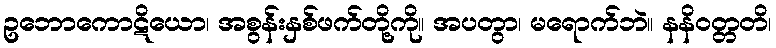
ဥဘောကောဋိယော၊ အစွန်းနှစ်ဖက်တို့ကို။ အပတွာ၊ မရောက်ဘဲ။ နနိဝတ္တတိ၊